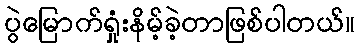
ပွဲမြောက်ရှုံးနိမ့်ခဲ့တာဖြစ်ပါတယ်။